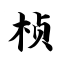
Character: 桢